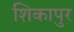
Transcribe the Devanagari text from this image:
शिकापुर